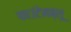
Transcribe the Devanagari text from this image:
फाउंटेनब्‍लू